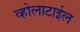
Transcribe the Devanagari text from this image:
व्होलाटाईल